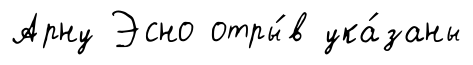
Арну Эсно отры́в ука́заны